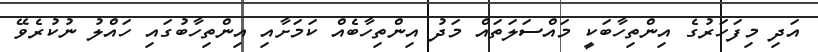
އަދި މިފަހަރުގެ އިންތިހާބަކީ މައްސަލަތައް މަދު އިންތިހާބެއް ކަމަށާއި އިންތިހާބުގައި ހައްލު ނުކުރެވޭ